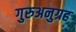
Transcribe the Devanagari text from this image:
गुरुअनुग्रह